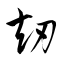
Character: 劫